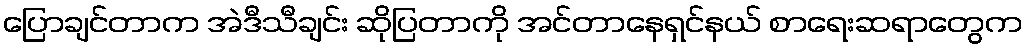
ပြောချင်တာက အဲဒီသီချင်း ဆိုပြတာကို အင်တာနေရှင်နယ် စာရေးဆရာတွေက